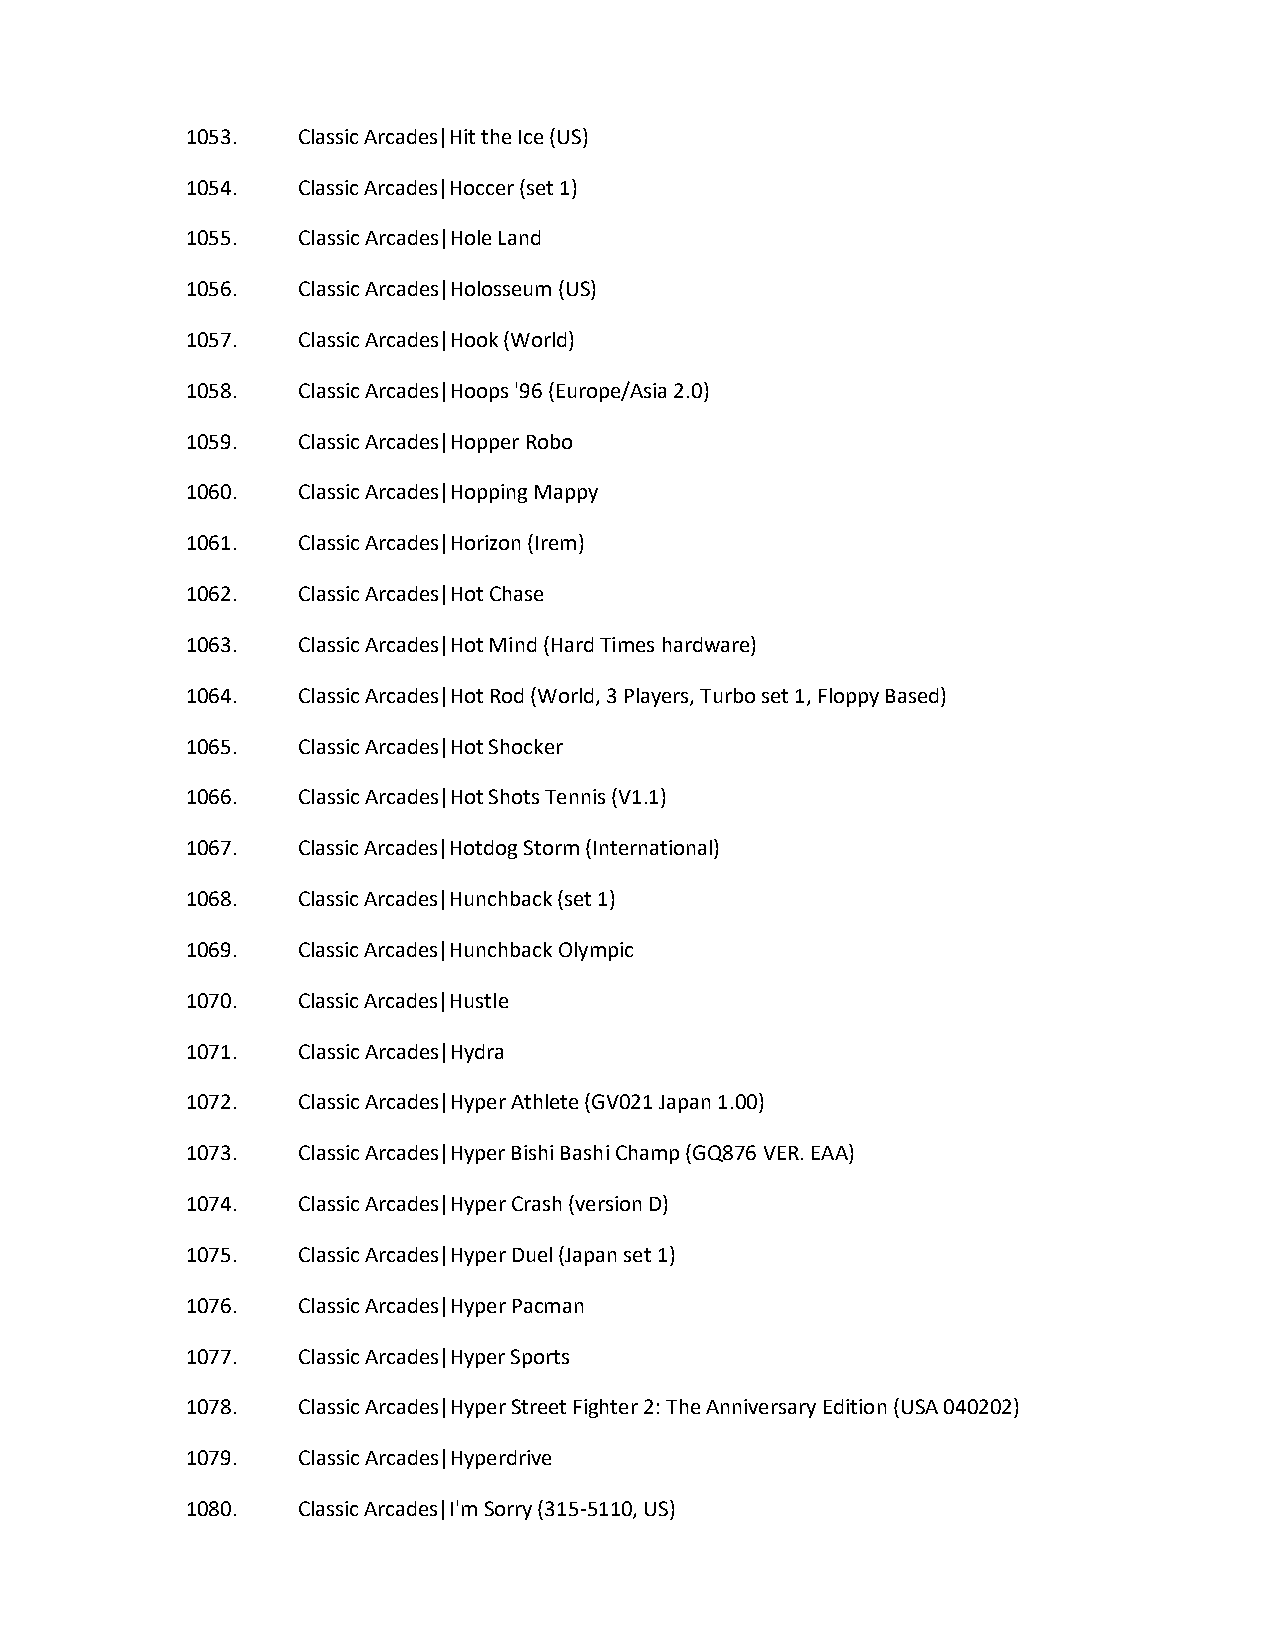
1053.   Classic Arcades|Hit the Ice (US)
 1054.   Classic Arcades|Hoccer (set 1)
 1055.   Classic Arcades|Hole Land
 1056.   Classic Arcades|Holosseum (US)
 1057.   Classic Arcades|Hook (World)
 1058.   Classic Arcades|Hoops '96 (Europe/Asia 2.0)
 1059.   Classic Arcades|Hopper Robo
 1060.   Classic Arcades|Hopping Mappy
 1061.   Classic Arcades|Horizon (Irem)
 1062.   Classic Arcades|Hot Chase
 1063.   Classic Arcades|Hot Mind (Hard Times hardware)
 1064.   Classic Arcades|Hot Rod (World, 3 Players, Turbo set 1, Floppy Based)
 1065.   Classic Arcades|Hot Shocker
 1066.   Classic Arcades|Hot Shots Tennis (V1.1)
 1067.   Classic Arcades|Hotdog Storm (International)
 1068.   Classic Arcades|Hunchback (set 1)
 1069.   Classic Arcades|Hunchback Olympic
 1070.   Classic Arcades|Hustle
 1071.   Classic Arcades|Hydra
 1072.   Classic Arcades|Hyper Athlete (GV021 Japan 1.00)
 1073.   Classic Arcades|Hyper Bishi Bashi Champ (GQ876 VER. EAA)
 1074.   Classic Arcades|Hyper Crash (version D)
 1075.   Classic Arcades|Hyper Duel (Japan set 1)
 1076.   Classic Arcades|Hyper Pacman
 1077.   Classic Arcades|Hyper Sports
 1078.   Classic Arcades|Hyper Street Fighter 2: The Anniversary Edition (USA 040202)
 1079.   Classic Arcades|Hyperdrive
 1080.   Classic Arcades|I'm Sorry (315-5110, US)